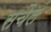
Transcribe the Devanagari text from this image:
सचैलं